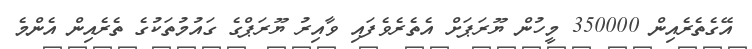
އޭގެތެރެއިން 350000 މީހުން ޔޫރަޕަށް އެތެރެވެފައި ވާއިރު ޔޫރަޕްގެ ގައުމުތަކުގެ ތެރެއިން އެންމެ